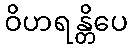
ဝိဟရန္တိပေ